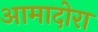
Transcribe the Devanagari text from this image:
आमादोरा